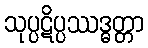
သုပ္ပဋိပ္ပဿဒ္ဓတ္တာ